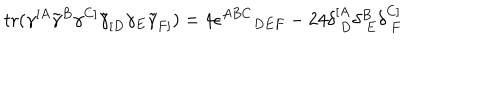
\mathrm { t r } ( \gamma ^ { [ A } \tilde { \gamma } ^ { B } \gamma ^ { C ] } \tilde { \gamma } _ { [ D } \gamma _ { E } \tilde { \gamma } _ { F ] } ) = 4 \epsilon ^ { A B C } { } _ { D E F } - 2 4 \delta _ { ~ D } ^ { [ A } \delta _ { ~ E } ^ { B } \delta _ { ~ F } ^ { C ] }